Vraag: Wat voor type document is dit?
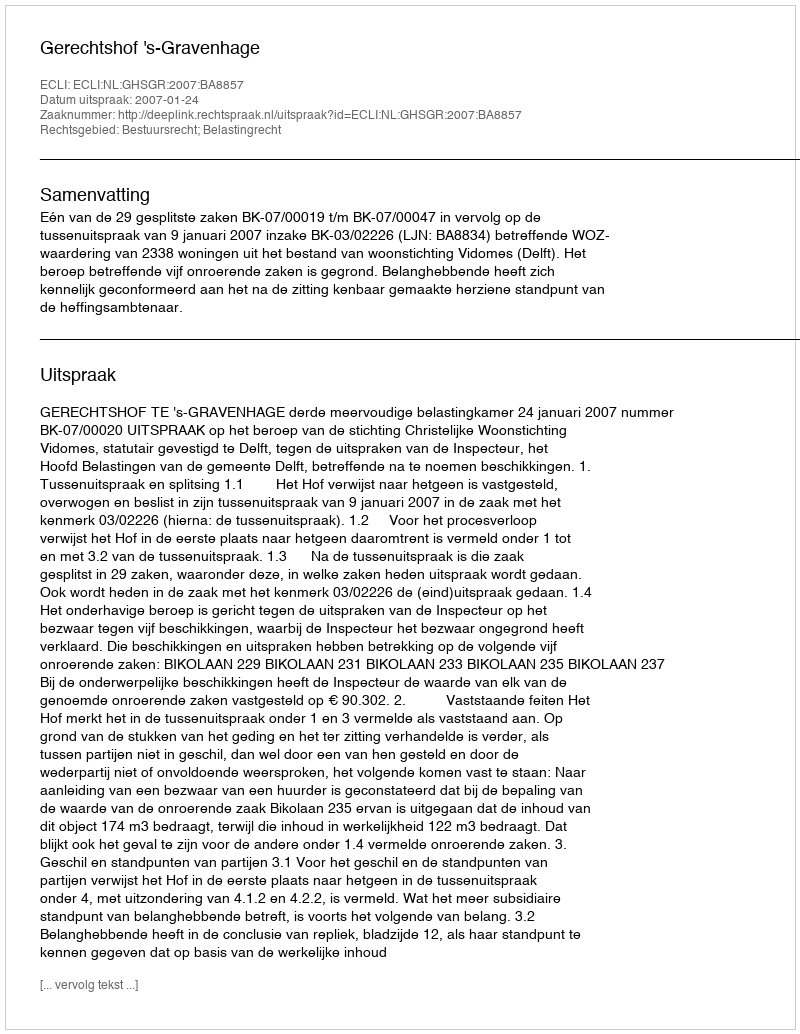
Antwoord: Uitspraak